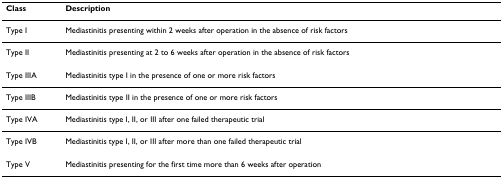
| Class | Description |
 | --- | --- |
 | Type I | Mediastinitis presenting within 2 weeks after operation in the absence of risk factors |
 | Type II | Mediastinitis presenting at 2 to 6 weeks after operation in the absence of risk factors |
 | Type IIIA | Mediastinitis type I in the presence of one or more risk factors |
 | Type IIIB | Mediastinitis type II in the presence of one or more risk factors |
 | Type IVA | Mediastinitis type I, II, or III after one failed therapeutic trial |
 | Type IVB | Mediastinitis type I, II, or III after more than one failed therapeutic trial |
 | Type V | Mediastinitis presenting for the first time more than 6 weeks after operation |